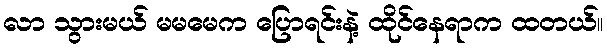
လာ သွားမယ် မမမေက ပြောရင်းနဲ့ ထိုင်နေရာက ထတယ်။